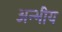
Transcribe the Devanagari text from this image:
अन्भीय